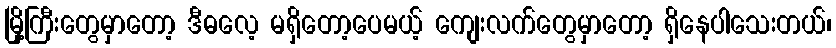
မြို့ကြီးတွေမှာတော့ ဒီဓလေ့ မရှိတော့ပေမယ့် ကျေးလက်တွေမှာတော့ ရှိနေပါသေးတယ်၊